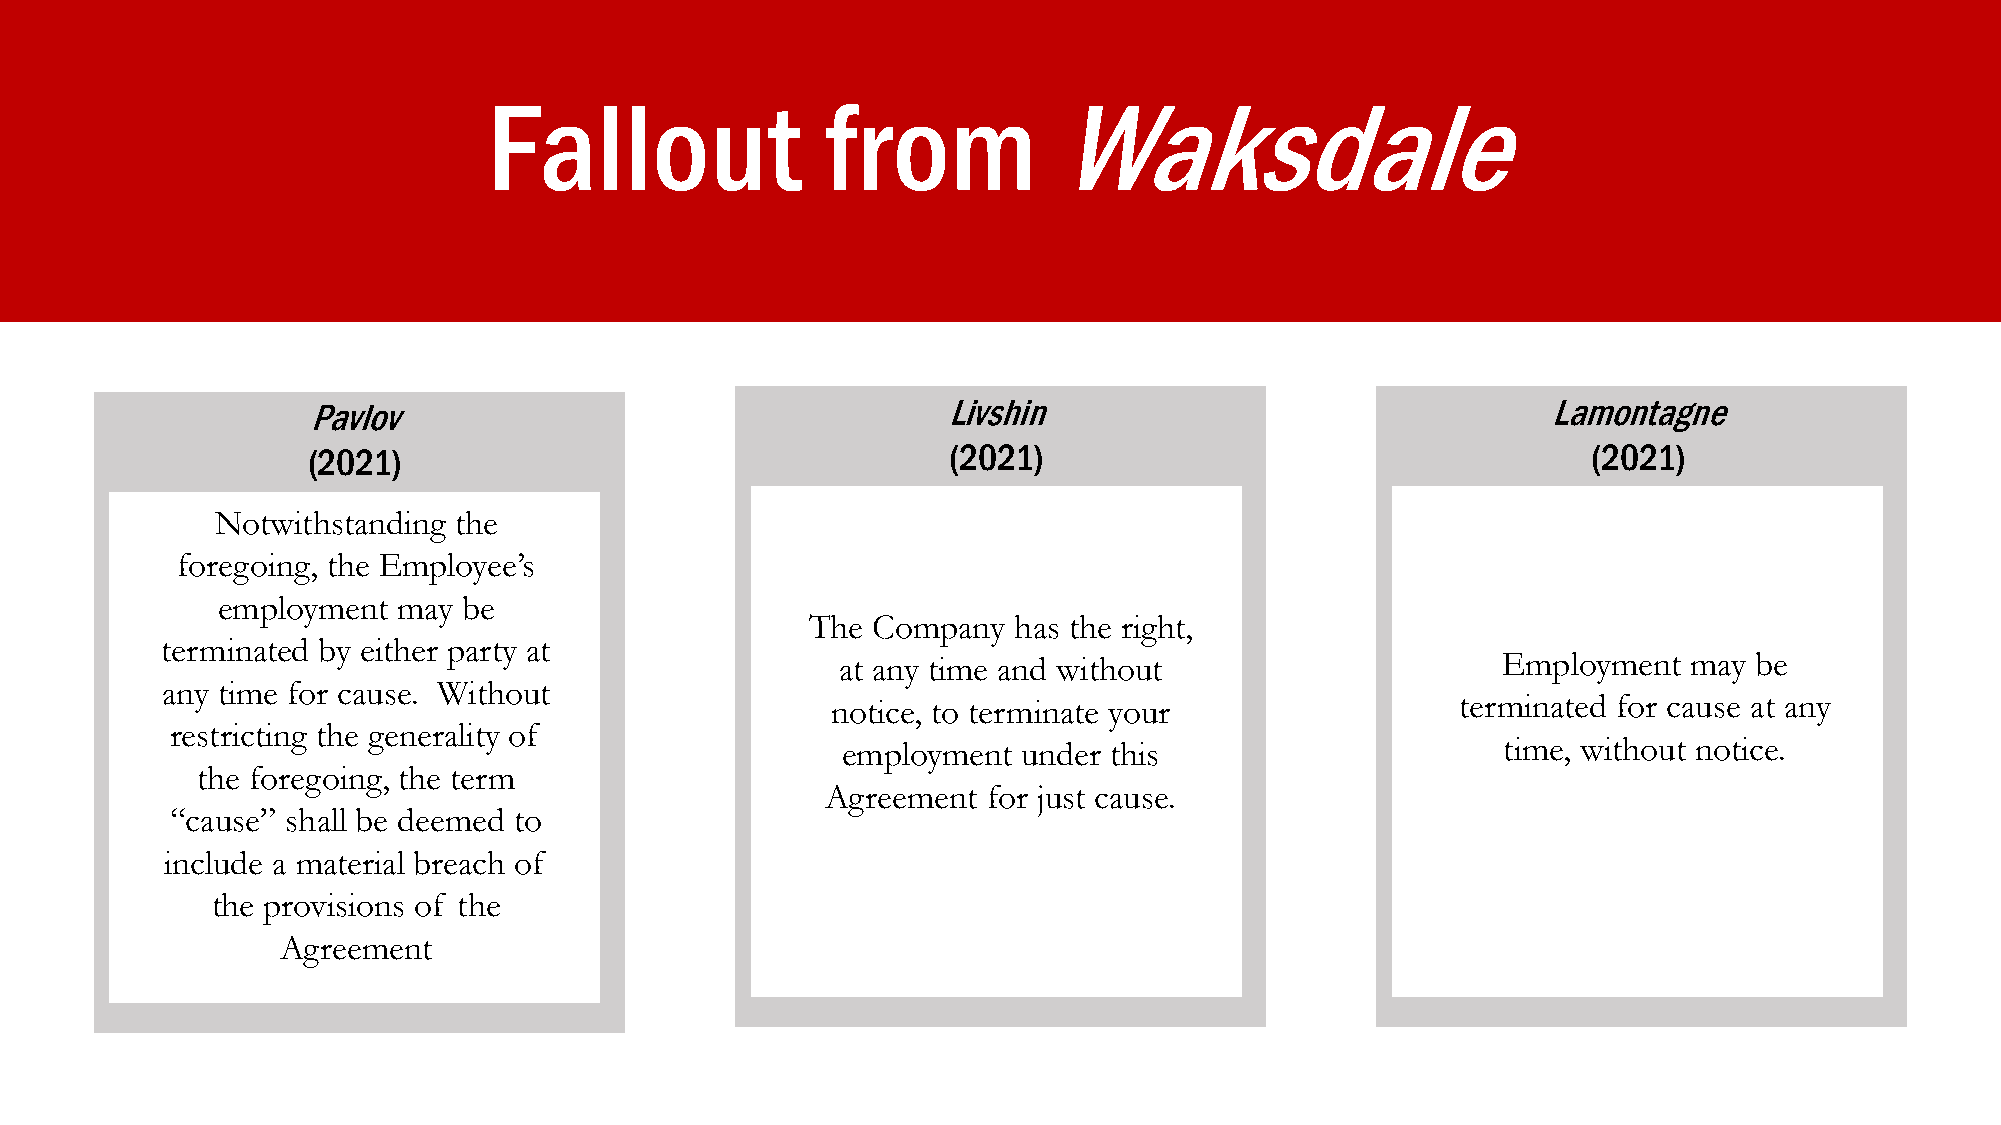
Fallout                from           Waksdale
 Pavlov                                     Livshin                                 Lamontagne
 (2021)                                     (2021)                                    (2021)
 Notwithstanding the
 foregoing, the Employee’s
 employment  may  be
 The Company  has the right,
 terminated by either party at
 at any time and without                     Employment   may be
 any time for cause. Without
 notice, to terminate your                 terminated for cause at any
 restricting the generality of
 employment  under this                     time, without notice.
 the foregoing, the term
 Agreement for just cause.
 “cause” shall be deemed to
 include a material breach of
 the provisions of the
 Agreement